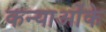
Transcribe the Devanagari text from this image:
कन्याओंके